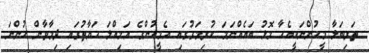
ތަރިބަލާ މީހުންނަކީއެހާ މޮޅު ބައެއްނަމަ ކުރިމަގުގައި އެމީހުންގެ އަމިއްލަ ޙަޔާތުގައި ދިމާވާން ހުންނަ